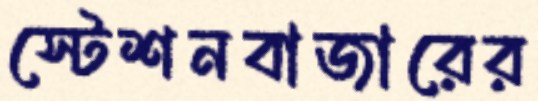
স্টেশনবাজারের